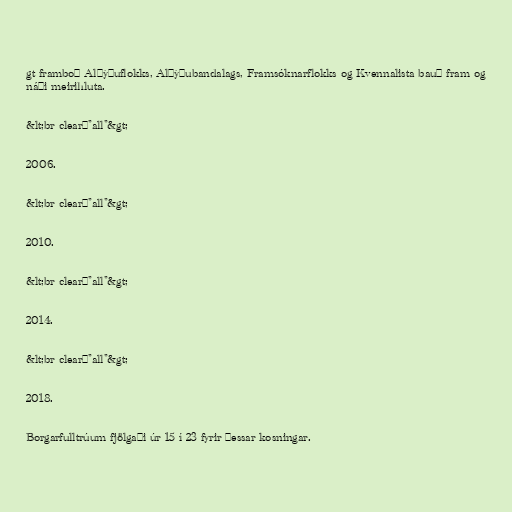
gt framboð Alþýðuflokks, Alþýðubandalags, Framsóknarflokks og Kvennalista bauð fram og
náði meirihluta.

&lt;br clear="all"&gt;

2006.

&lt;br clear="all"&gt;

2010.

&lt;br clear="all"&gt;

2014.

&lt;br clear="all"&gt;

2018.

Borgarfulltrúum fjölgaði úr 15 í 23 fyrir þessar kosningar.